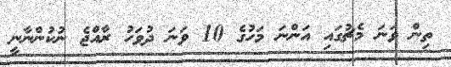
ތިން ވަނަ މެޗުގައި އަންނަ މަހުގެ 10 ވަނަ ދުވަހު ރާއްޖެ ނުކުންނާނީ